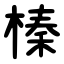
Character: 榛